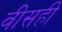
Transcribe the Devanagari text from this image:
वीसही